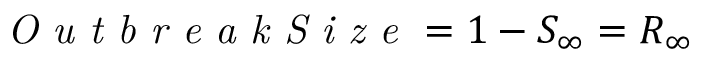
\textit { O u t b r e a k S i z e } = 1 - S _ { \infty } = R _ { \infty }